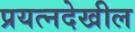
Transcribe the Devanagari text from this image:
प्रयत्‍नदेखील